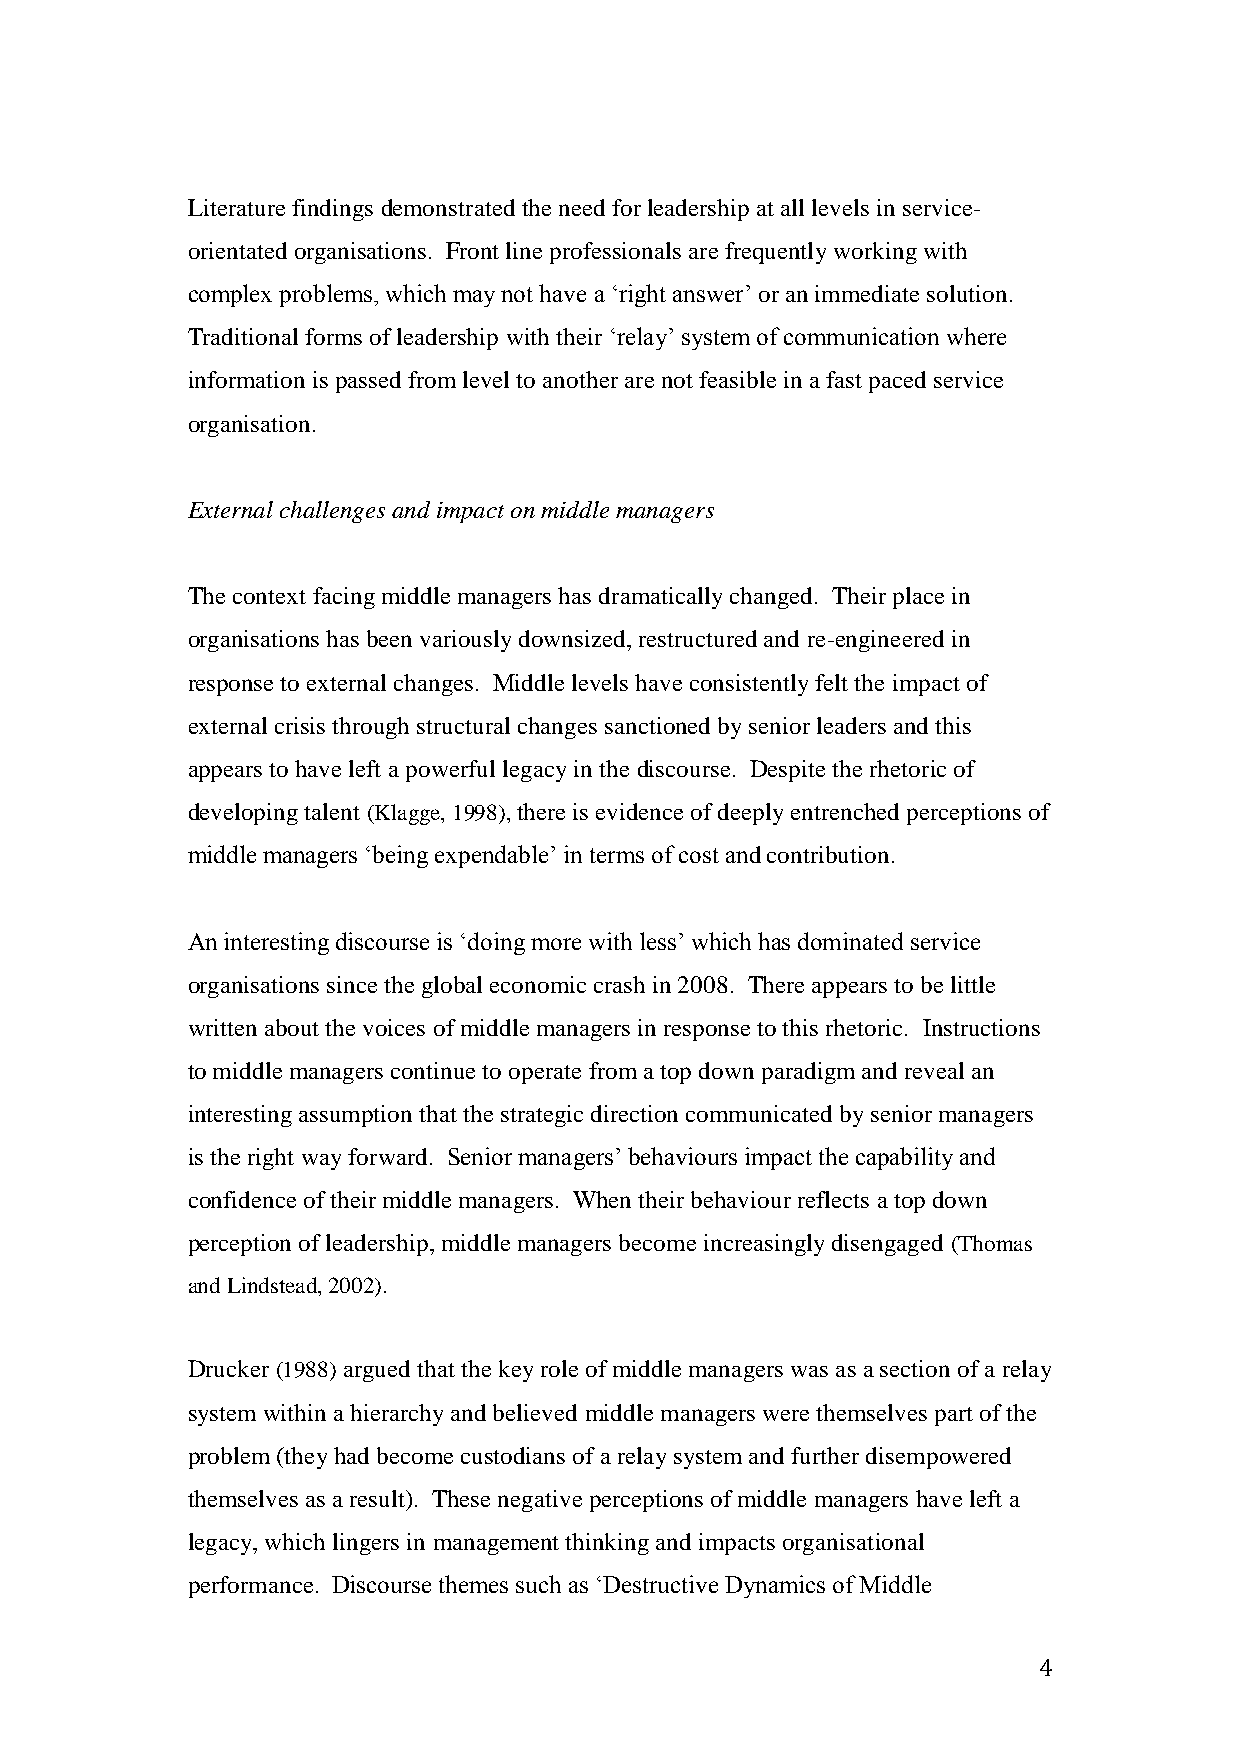
Literature findings demonstrated the need for leadership at all levels in service-
 orientated organisations. Front line professionals are frequently working with
 complex problems, which may not have a ‘right answer’ or an immediate solution.
 Traditional forms of leadership with their ‘relay’ system of communication where
 information is passed from level to another are not feasible in a fast paced service
 organisation.
 External challenges and impact on middle managers
 The context facing middle managers has dramatically changed. Their place in
 organisations has been variously downsized, restructured and re-engineered in
 response to external changes. Middle levels have consistently felt the impact of
 external crisis through structural changes sanctioned by senior leaders and this
 appears to have left a powerful legacy in the discourse. Despite the rhetoric of
 developing talent (Klagge, 1998), there is evidence of deeply entrenched perceptions of
 middle managers ‘being expendable’ in terms of cost and contribution.
 An interesting discourse is ‘doing more with less’ which has dominated service
 organisations since the global economic crash in 2008. There appears to be little
 written about the voices of middle managers in response to this rhetoric. Instructions
 to middle managers continue to operate from a top down paradigm and reveal an
 interesting assumption that the strategic direction communicated by senior managers
 is the right way forward. Senior managers’ behaviours impact the capability and
 confidence of their middle managers. When their behaviour reflects a top down
 perception of leadership, middle managers become increasingly disengaged (Thomas
 and Lindstead, 2002).
 Drucker (1988) argued that the key role of middle managers was as a section of a relay
 system within a hierarchy and believed middle managers were themselves part of the
 problem (they had become custodians of a relay system and further disempowered
 themselves as a result). These negative perceptions of middle managers have left a
 legacy, which lingers in management thinking and impacts organisational
 performance. Discourse themes such as ‘Destructive Dynamics of Middle
 4